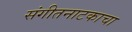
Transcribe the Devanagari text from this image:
संगीतनाटकाचा